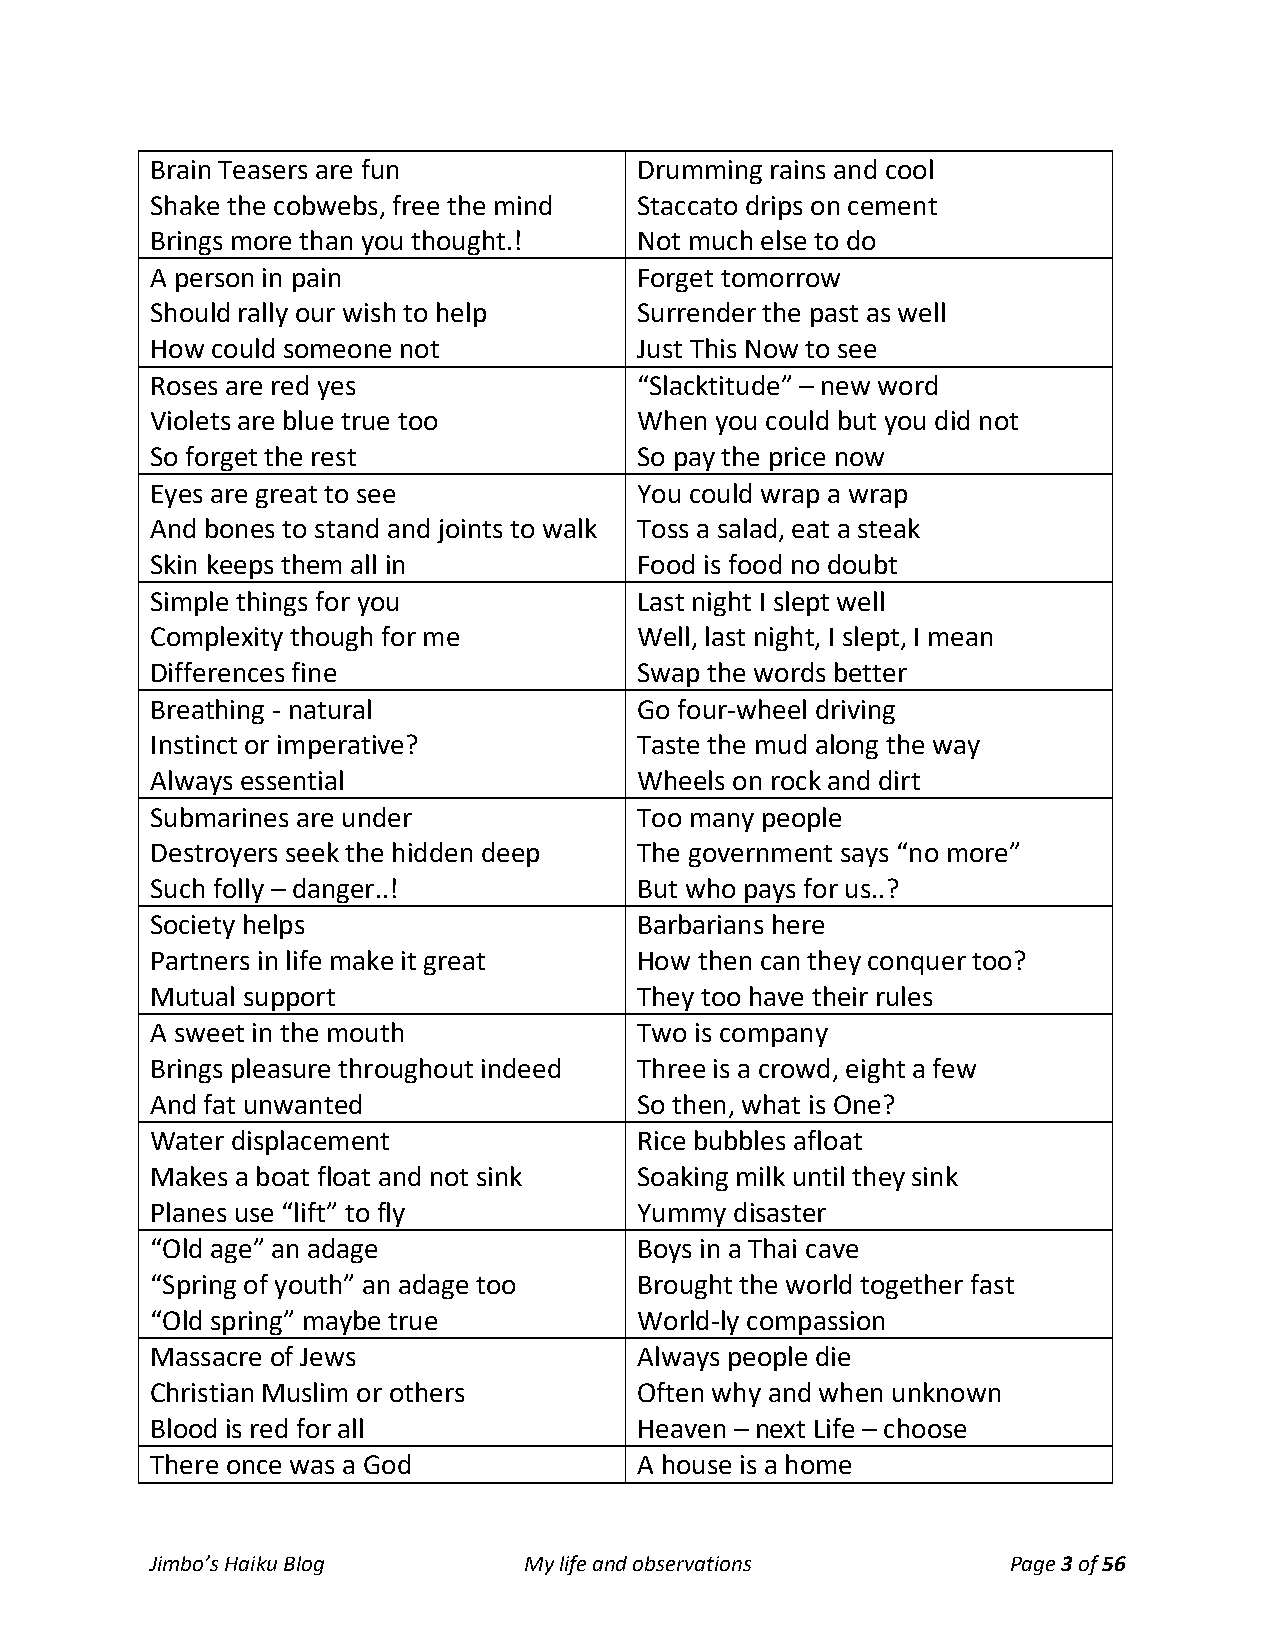
Brain Teasers are fun           Drumming rains and cool
 Shake the cobwebs, free the mind Staccato drips on cement
 Brings more than you thought.!  Not much else to do
 A person in pain                Forget tomorrow
 Should rally our wish to help   Surrender the past as well
 How could someone not           Just This Now to see
 Roses are red yes               “Slacktitude” – new word
 Violets are blue true too       When you could but you did not
 So forget the rest              So pay the price now
 Eyes are great to see           You could wrap a wrap
 And bones to stand and joints to walk Toss a salad, eat a steak
 Skin keeps them all in          Food is food no doubt
 Simple things for you           Last night I slept well
 Complexity though for me        Well, last night, I slept, I mean
 Differences fine                Swap the words better
 Breathing - natural             Go four-wheel driving
 Instinct or imperative?         Taste the mud along the way
 Always essential                Wheels on rock and dirt
 Submarines are under            Too many people
 Destroyers seek the hidden deep The government says “no more”
 Such folly – danger..!          But who pays for us..?
 Society helps                   Barbarians here
 Partners in life make it great  How then can they conquer too?
 Mutual support                  They too have their rules
 A sweet in the mouth            Two is company
 Brings pleasure throughout indeed Three is a crowd, eight a few
 And fat unwanted                So then, what is One?
 Water displacement              Rice bubbles afloat
 Makes a boat float and not sink Soaking milk until they sink
 Planes use “lift” to fly        Yummy  disaster
 “Old age” an adage              Boys in a Thai cave
 “Spring of youth” an adage too  Brought the world together fast
 “Old spring” maybe true         World-ly compassion
 Massacre of Jews                Always people die
 Christian Muslim or others      Often why and when unknown
 Blood is red for all            Heaven – next Life – choose
 There once was a God            A house is a home
 Jimbo’s Haiku Blog       My life and observations        Page 3 of 56